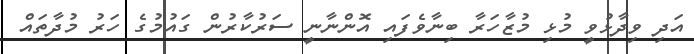
އަދި ވިދާޅުވީ މުޅި މުޒާހަރާ ބިނާވެފައި އޮންނާނީ ސަރުކާރުން ގައުމުގެ ހަރު މުދާތައް